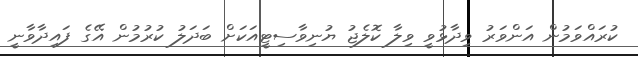
ކުރައްވަމުން އަންވަރު ވިދާޅުވީ ވިލާ ކޮލެޖު ޔުނިވާސިޓީއަކަށް ބަދަލު ކުރުމުން އޭގެ ފައިދާވާނީ